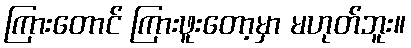
ကြားတောင် ကြားဖူးတော့မှာ မဟုတ်ဘူး။